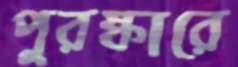
পুরষ্কারে